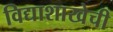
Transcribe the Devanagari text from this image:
विद्याशाखेची